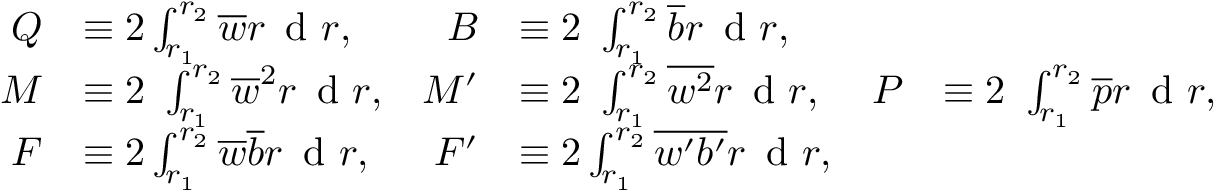
\begin{array} { r l r l r l } { Q } & { \equiv 2 \int _ { r _ { 1 } } ^ { r _ { 2 } } \overline { { w } } r \, \textnormal { d } r , } & { B } & { \equiv 2 \ \int _ { r _ { 1 } } ^ { r _ { 2 } } \overline { { b } } r \, \textnormal { d } r , } & & { } \\ { M } & { \equiv 2 \ \int _ { r _ { 1 } } ^ { r _ { 2 } } \overline { { w } } ^ { 2 } r \, \textnormal { d } r , } & { M ^ { \prime } } & { \equiv 2 \ \int _ { r _ { 1 } } ^ { r _ { 2 } } \overline { { w ^ { 2 } } } r \, \textnormal { d } r , } & { P } & { \equiv 2 \ \int _ { r _ { 1 } } ^ { r _ { 2 } } \overline { { p } } r \, \textnormal { d } r , } \\ { F } & { \equiv 2 \int _ { r _ { 1 } } ^ { r _ { 2 } } \overline { { w } } \overline { { b } } r \, \textnormal { d } r , } & { F ^ { \prime } } & { \equiv 2 \int _ { r _ { 1 } } ^ { r _ { 2 } } \overline { { w ^ { \prime } b ^ { \prime } } } r \, \textnormal { d } r , } & & { } \end{array}